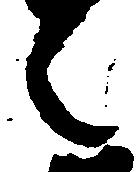
之